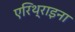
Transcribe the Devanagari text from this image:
एरिथ्राइना